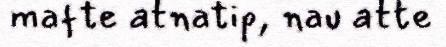
mafte atnatip, nau atte